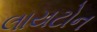
લાયટોન